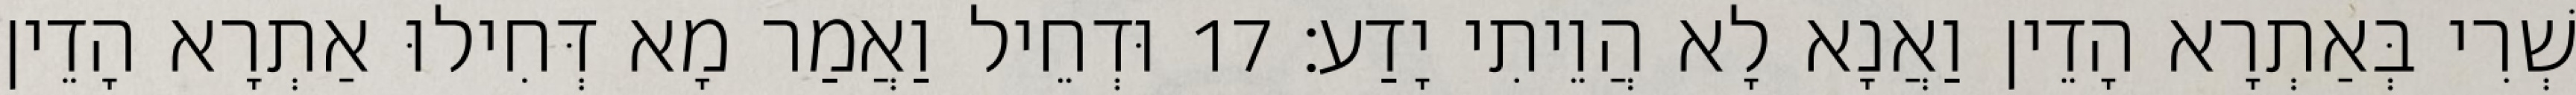
שְׁרִי בְּאַתְרָא הָדֵין וַאֲנָא לָא הֲוֵיתִי יָדַע׃ 17 וּדְחֵיל וַאֲמַר מָא דְּחִילוּ אַתְרָא הָדֵין